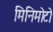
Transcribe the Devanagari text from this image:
मिनिमोटो